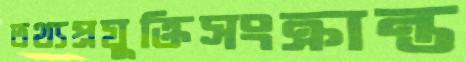
তথ্যপ্রযুক্তিসংক্রান্ত